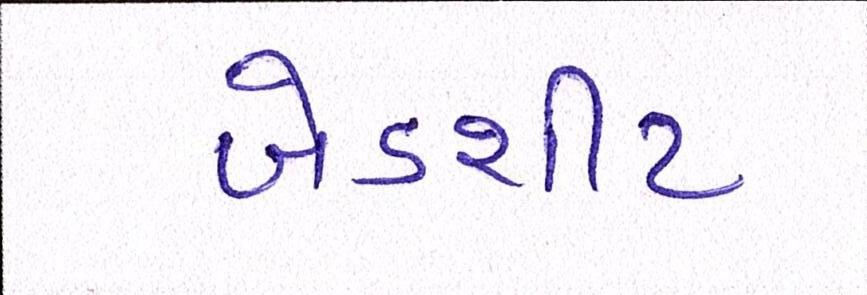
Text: બેડશીટ